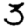
Digit: 3